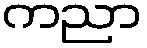
ကညာ